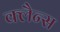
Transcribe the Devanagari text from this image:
क्लैन्स